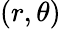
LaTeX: \left(r,\theta\right)